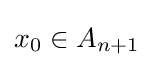
x_{0}\in A_{n+1}